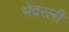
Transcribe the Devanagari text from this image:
भेदरली